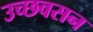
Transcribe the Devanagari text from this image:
उच्छवसन